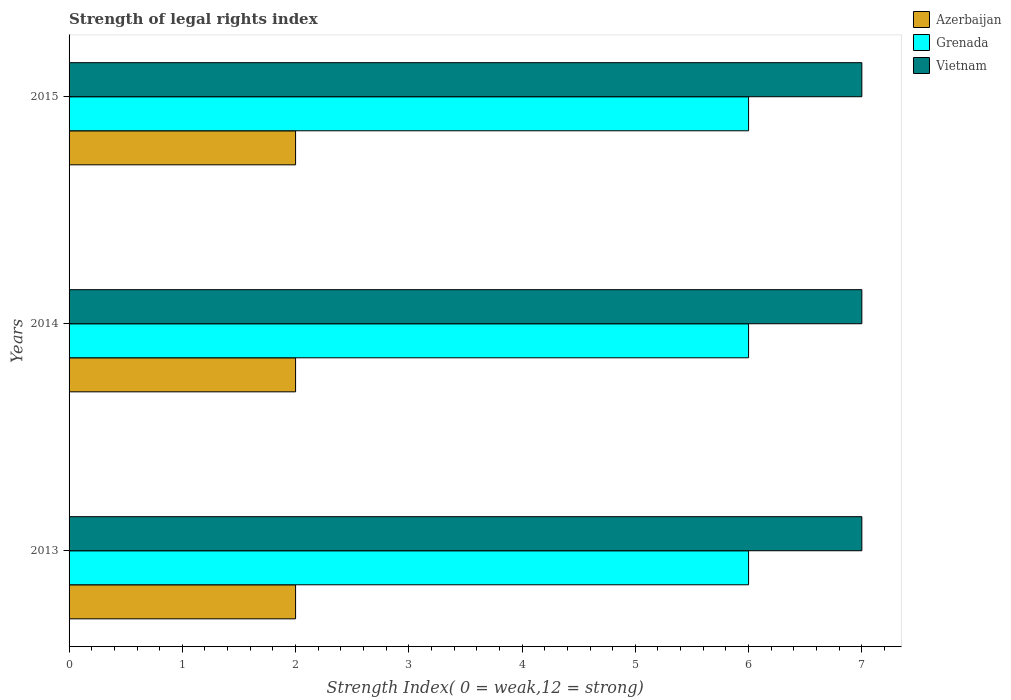
| Years | Azerbaijan | Grenada | Vietnam |
 | --- | --- | --- | --- |
 | 2013 | 2 | 6 | 7 |
 | 2014 | 2 | 6 | 7 |
 | 2015 | 2 | 6 | 7 |